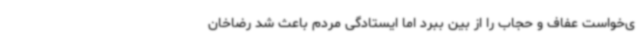
ی‌خواست عفاف و حجاب را از بین ببرد اما ایستادگی مردم باعث شد رضاخان